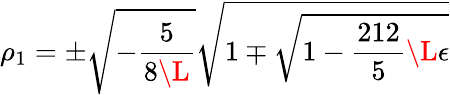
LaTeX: \rho_{1}=\pm\sqrt{-\frac{5}{8\L}}\sqrt{1\mp\sqrt{1-\frac{212}{5}\L\epsilon}}